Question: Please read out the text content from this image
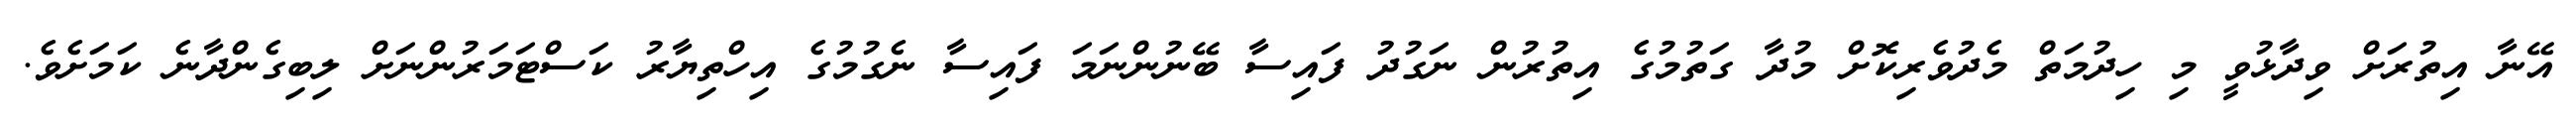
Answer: އޭނާ އިތުރަށް ވިދާޅުވީ މި ހިދުމަތް މެދުވެރިކޮށް މުދާ ގަތުމުގެ އިތުރުން ނަގުދު ފައިސާ ބޭނުންނަމަ ފައިސާ ނެގުމުގެ އިހްތިޔާރު ކަސްޓަމަރުންނަށް ލިބިގެންދާނެ ކަމަށެވެ.